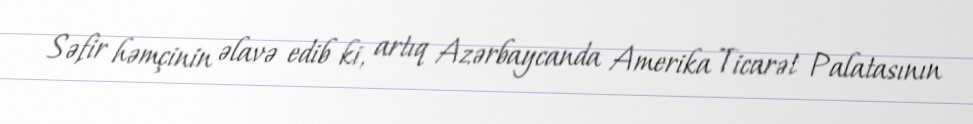
Səfir həmçinin əlavə edib ki, artıq Azərbaycanda Amerika Ticarət Palatasının